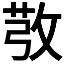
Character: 𢽔